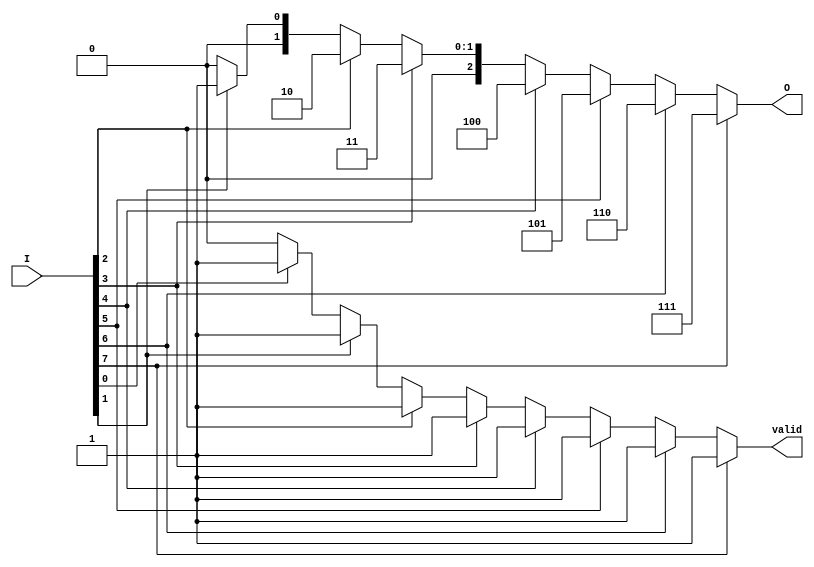
module encoder_8to3 (
    input wire [7:0] I,     // 8 input lines
    output reg [2:0] O,     // 3 output lines
    output reg valid         // Valid output signal
);

always @(*) begin
    // Default output
    O = 3'b000;             // Default output when no inputs are high
    valid = 1'b0;           // Default valid signal is low

    // Priority encoding
    if (I[7]) begin
        O = 3'b111;         // Input I[7] is active
        valid = 1'b1;       // Valid output
    end else if (I[6]) begin
        O = 3'b110;         // Input I[6] is active
        valid = 1'b1;       // Valid output
    end else if (I[5]) begin
        O = 3'b101;         // Input I[5] is active
        valid = 1'b1;       // Valid output
    end else if (I[4]) begin
        O = 3'b100;         // Input I[4] is active
        valid = 1'b1;       // Valid output
    end else if (I[3]) begin
        O = 3'b011;         // Input I[3] is active
        valid = 1'b1;       // Valid output
    end else if (I[2]) begin
        O = 3'b010;         // Input I[2] is active
        valid = 1'b1;       // Valid output
    end else if (I[1]) begin
        O = 3'b001;         // Input I[1] is active
        valid = 1'b1;       // Valid output
    end else if (I[0]) begin
        O = 3'b000;         // Input I[0] is active
        valid = 1'b1;       // Valid output
    end
end

endmodule